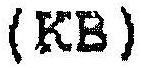
(KB)